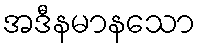
အဒီနမာနသော